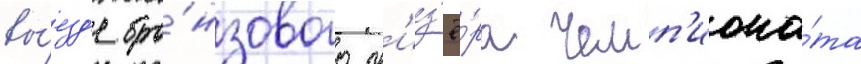
вы́езд'е бро́нзового пр'из'ё́ра чемп'иона́та